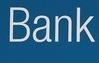
bank